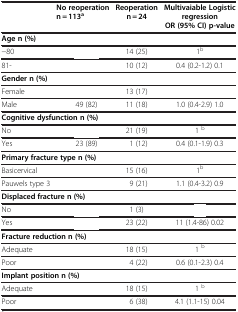
<table><thead><tr><td>[EMPTY_CELL]</td><td><b>No reoperation n = 113<sup>a</sup></b></td><td><b>Reoperation n = 24</b></td><td><b>Multivaiable Logistic regression OR (95% CI) p-value</b></td></tr></thead><tbody><tr><td colspan="4"><b>Age n (%)</b></td></tr><tr><td>−80</td><td>[EMPTY_CELL]</td><td>14 (25)</td><td>1<sup>b</sup></td></tr><tr><td>81-</td><td>[EMPTY_CELL]</td><td>10 (12)</td><td>0.4 (0.2-1.2) 0.1</td></tr><tr><td colspan="4"><b>Gender n (%)</b></td></tr><tr><td>Female</td><td>[EMPTY_CELL]</td><td>13 (17)</td><td>[EMPTY_CELL]</td></tr><tr><td>Male</td><td>49 (82)</td><td>11 (18)</td><td>1.0 (0.4-2.9) 1.0</td></tr><tr><td colspan="4"><b>Cognitive dysfunction n (%)</b></td></tr><tr><td>No</td><td>[EMPTY_CELL]</td><td>21 (19)</td><td>1 <sup>b</sup></td></tr><tr><td>Yes</td><td>23 (89)</td><td>1 (12)</td><td>0.4 (0.1-1.9) 0.3</td></tr><tr><td colspan="4"><b>Primary fracture type n (%)</b></td></tr><tr><td>Basicervical</td><td>[EMPTY_CELL]</td><td>15 (16)</td><td>1<sup>b</sup></td></tr><tr><td>Pauwels type 3</td><td>[EMPTY_CELL]</td><td>9 (21)</td><td>1.1 (0.4-3.2) 0.9</td></tr><tr><td colspan="4"><b>Displaced fracture n (%)</b></td></tr><tr><td>No</td><td>[EMPTY_CELL]</td><td>1 (3)</td><td>[EMPTY_CELL]</td></tr><tr><td>Yes</td><td>[EMPTY_CELL]</td><td>23 (22)</td><td>11 (1.4-86) 0.02</td></tr><tr><td colspan="4"><b>Fracture reduction n (%)</b></td></tr><tr><td>Adequate</td><td>[EMPTY_CELL]</td><td>18 (15)</td><td>1 <sup>b</sup></td></tr><tr><td>Poor</td><td>[EMPTY_CELL]</td><td>4 (22)</td><td>0.6 (0.1-2.3) 0.4</td></tr><tr><td colspan="4"><b>Implant position n (%)</b></td></tr><tr><td>Adequate</td><td>[EMPTY_CELL]</td><td>18 (15)</td><td>1 <sup>b</sup></td></tr><tr><td>Poor</td><td>[EMPTY_CELL]</td><td>6 (38)</td><td>4.1 (1.1-15) 0.04</td></tr></tbody></table>